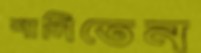
শানিতেন